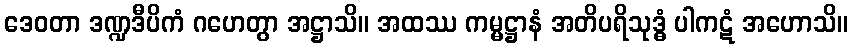
ဒေဝတာ ဒဏ္ဍဒီပိကံ ဂဟေတွာ အဋ္ဌာသိ။ အထဿ ကမ္မဋ္ဌာနံ အတိပရိသုဒ္ဓံ ပါကဋံ အဟောသိ။